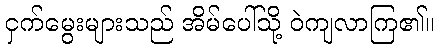
ငှက်မွေးများသည် အိမ်ပေါ်သို့ ဝဲကျလာကြ၏။